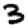
Digit: 3